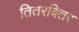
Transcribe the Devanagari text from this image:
तितरबितर